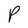
Character: P